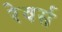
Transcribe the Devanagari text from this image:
रेवर्स